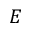
E